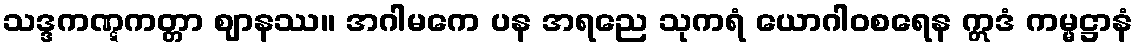
သဒ္ဒကဏ္ဋကတ္တာ ဈာနဿ။ အဂါမကေ ပန အရညေ သုကရံ ယောဂါဝစရေန ဣဒံ ကမ္မဋ္ဌာနံ